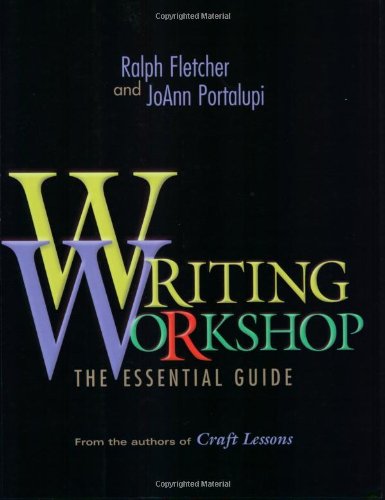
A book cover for Writing Workshop: The Essential Guide; Ralph Fletcher; Reference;